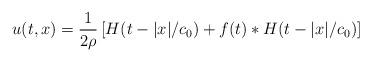
LaTeX: \begin{align*} u(t,x) = \frac{1}{2 \rho} \left[ H(t - \vert x \vert/c_0) + f(t)\ast H(t - \vert x \vert/c_0)\right]\end{align*}